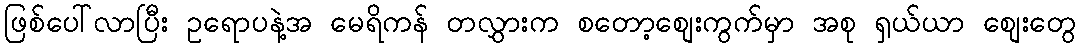
ဖြစ်ပေါ်လာပြီး ဥရောပနဲ့အ မေရိကန် တလွှားက စတော့စျေးကွက်မှာ အစု ရှယ်ယာ စျေးတွေ